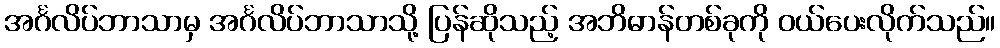
အင်္ဂလိပ်ဘာသာမှ အင်္ဂလိပ်ဘာသာသို့ ပြန်ဆိုသည့် အဘိဓာန်တစ်ခုကို ဝယ်ပေးလိုက်သည်။